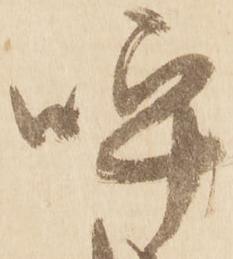
呼